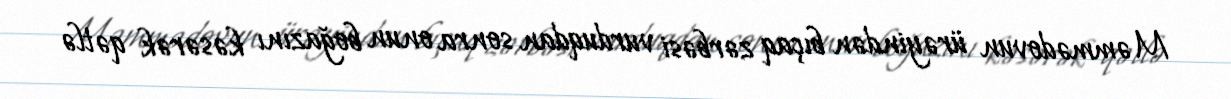
Məmmədovun ürəyindən bıçaq zərbəsi vurduqdan sonra onun boğazını kəsərək qətlə